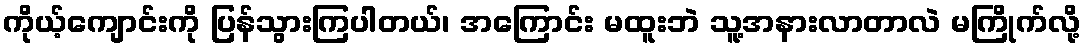
ကိုယ့်ကျောင်းကို ပြန်သွားကြပါတယ်၊ အကြောင်း မထူးဘဲ သူ့အနားလာတာလဲ မကြိုက်လို့